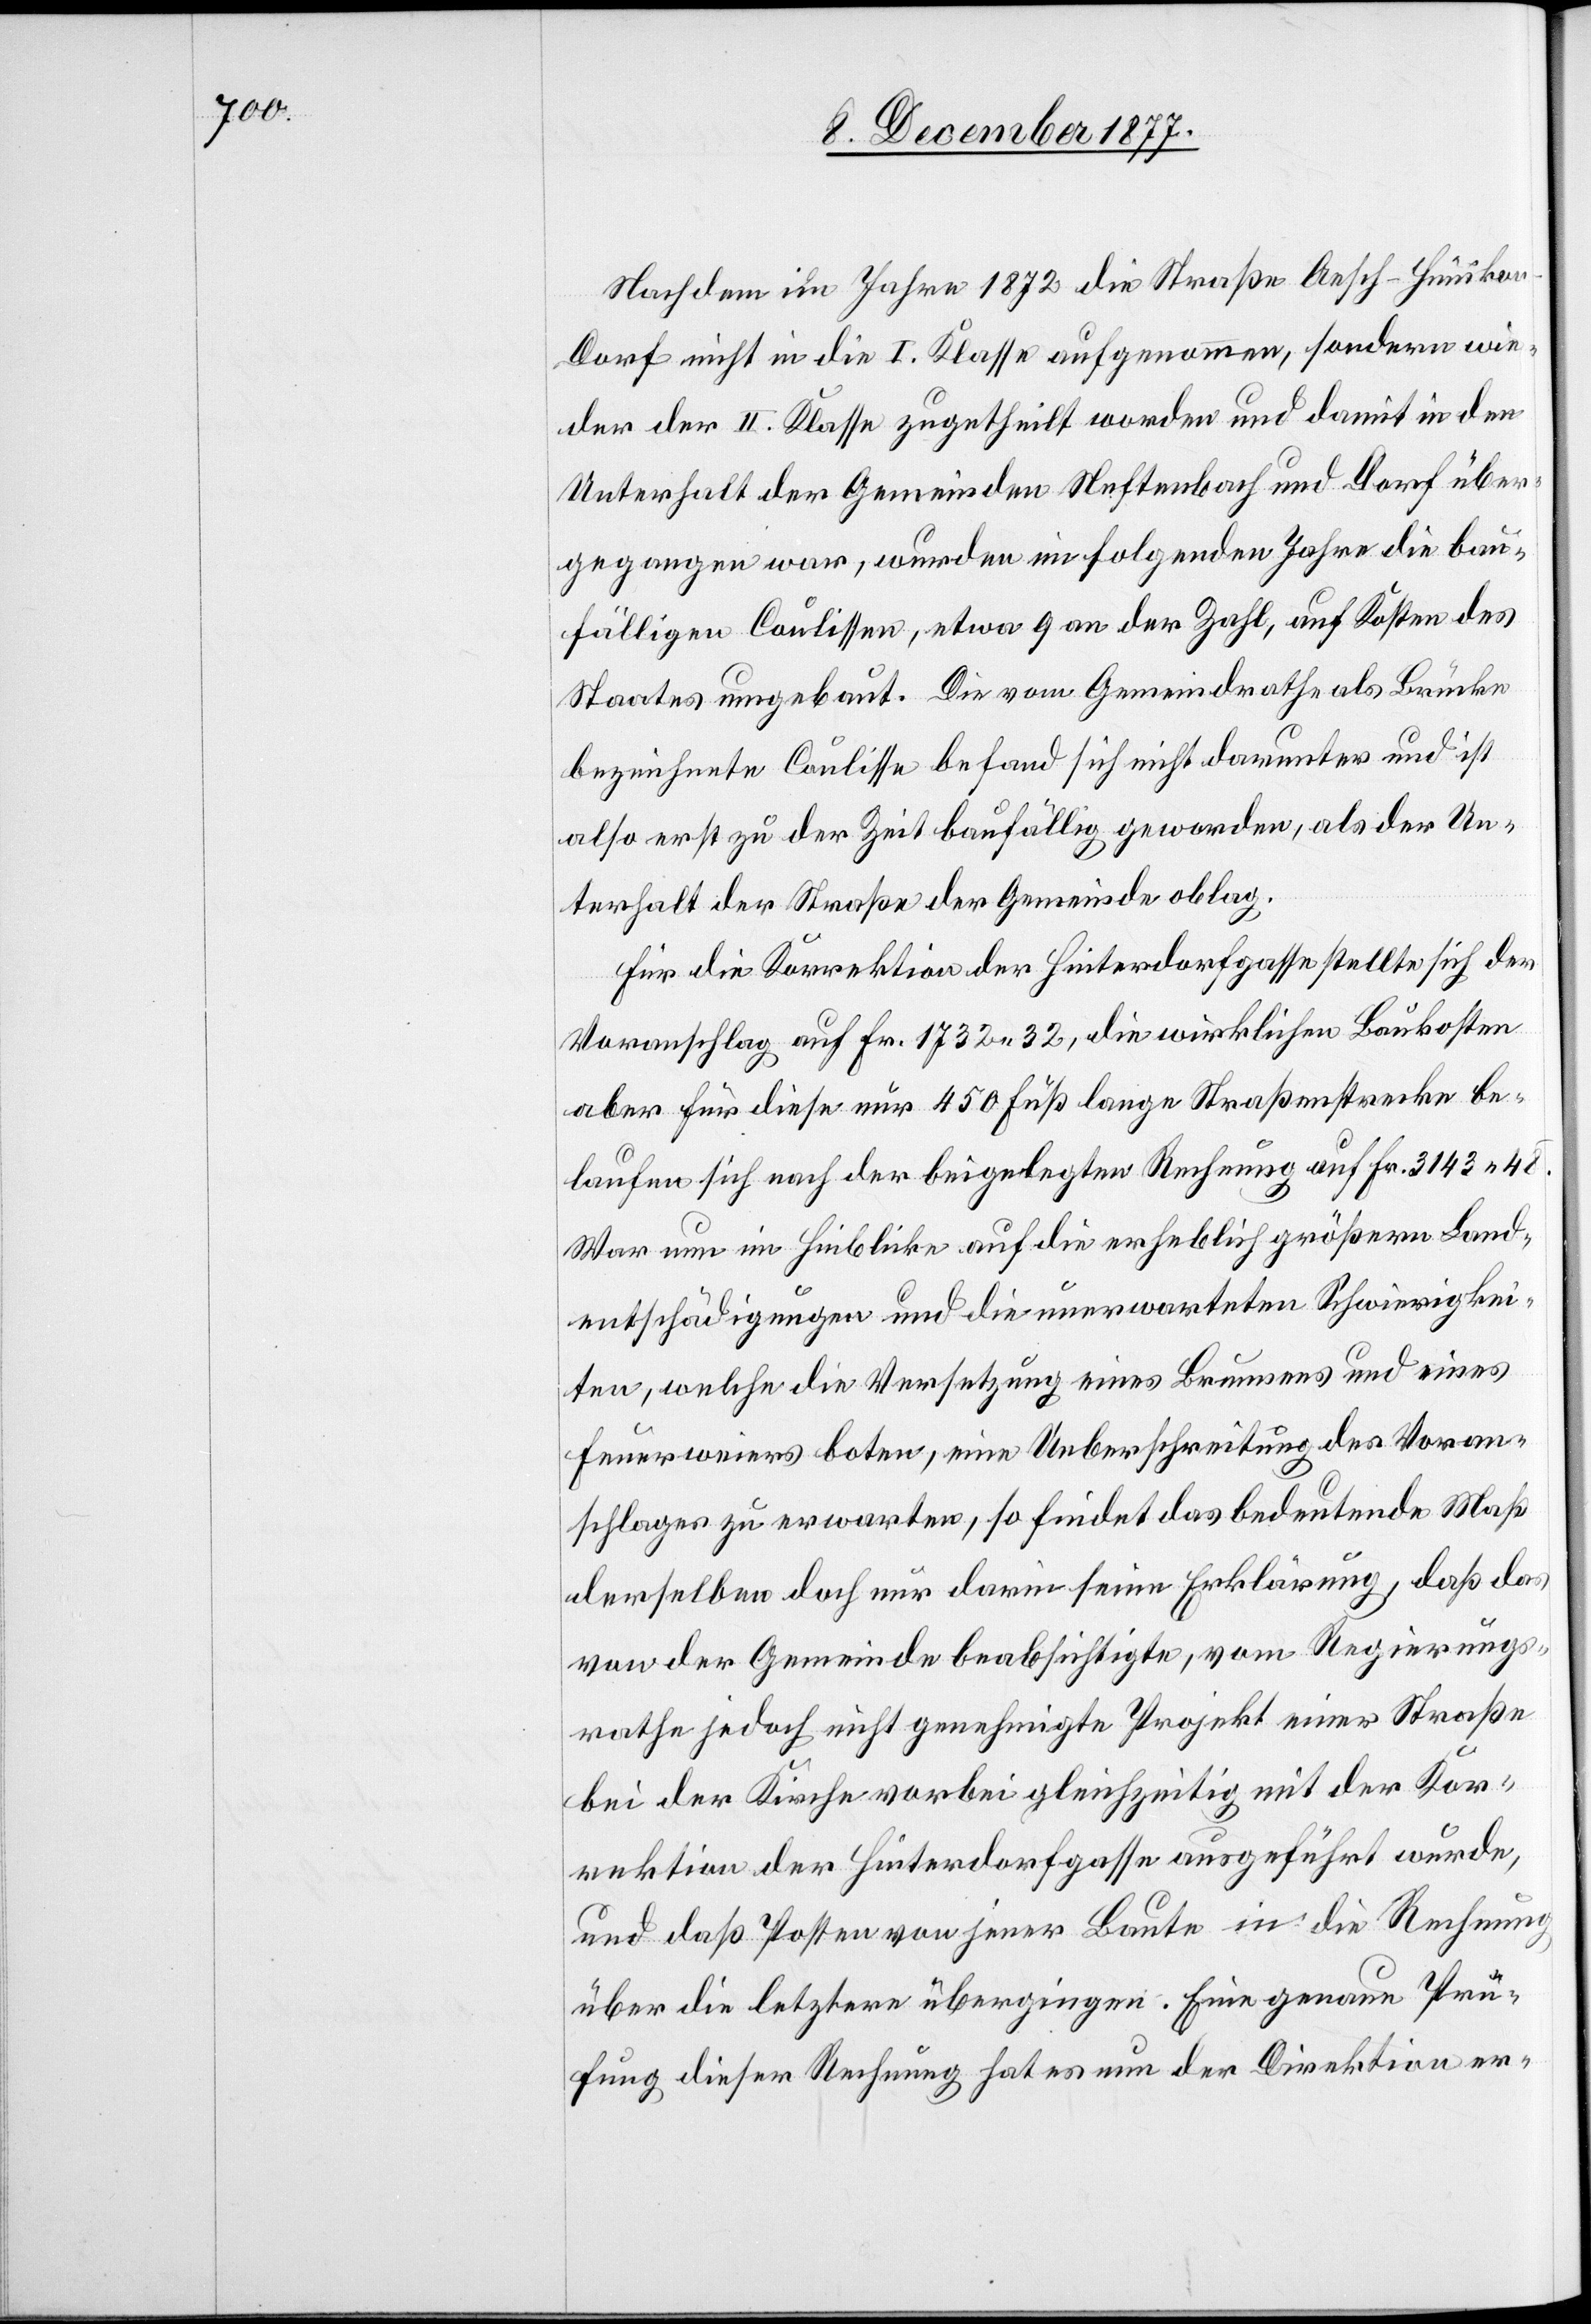
Nachdem im Jahre 1872 die Straße Aesch–Hüniko¬
n–Dorf nicht in die I. Klasse aufgenommen, sondern wie¬
der der II. Klasse zugetheilt worden und damit in den
Unterhalt der Gemeinden Neftenbach und Dorf über¬
gegangen war, wurden im folgenden Jahre die bau¬
fälligen Coulissen, etwa 9 an der Zahl, auf Kosten des
Staates umgebaut. Die vom Gemeindrathe als Brücke
bezeichnete Coulisse befand sich nicht darunter und ist
also erst zu der Zeit baufällig geworden, als der Un¬
terhalt der Straße der Gemeinde oblag.
Für die Korrektion der Hinterdorfgasse stellte sich der
Voranschlag auf Fr. 1732 32, die wirklichen Baukosten
aber für diese nur 450 Fuß lange Straßenstrecke be¬
laufen sich nach der beigelegten Rechnung auf Fr. 3143 48.
War nun im Hinblicke auf die erheblich größern Land¬
entschädigungen und die unerwarteten Schwierigkei¬
ten, welche die Versetzung eines Brunnens und eines
Feuerweiers boten, eine Ueberschreitung des Voran¬
schlages zu erwarten, so findet das bedeutende Maß
derselben doch nur darin seine Erklärung, daß das
von der Gemeinde beabsichtigte, vom Regierungs¬
rathe jedoch nicht genehmigte Projekt einer Straße
bei der Kirche vorbei gleichzeitig mit der Kor¬
rektion der Hinterdorfgasse ausgeführt wurde,
und daß Posten von jener Baute in die Rechnung
über die letztere übergingen. Eine genaue Prü¬
fung dieser Rechnung hat es nun der Direktion er-